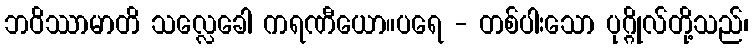
ဘဝိဿာမာတိ သလ္လေခေါ ကရဏီယော။ပရေ - တစ်ပါးသော ပုဂ္ဂိုလ်တို့သည်၊